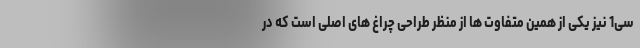
سی1 نیز یکی از همین متفاوت ها از منظر طراحی چراغ های اصلی است که در